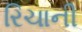
રિચાની